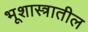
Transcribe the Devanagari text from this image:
भूशास्त्रातील